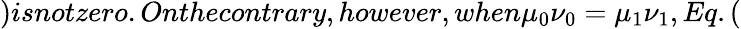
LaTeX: )isnotzero.Onthecontrary,however,when\mu_{0}\nu_{0}=\mu_{1}\nu_{1},Eq.(